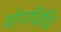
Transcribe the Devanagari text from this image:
योगविधि